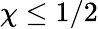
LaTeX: \chi\le 1/2